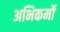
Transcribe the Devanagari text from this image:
अभिकर्मो